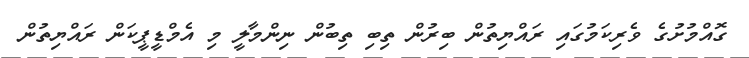
ގޮއްމުށުގެ ވެރިކަމުގައި ރައްޔިތުން ބިރުން ތިބި ތިބުން ނިންމާލީ މި އެމްޑީޕީކަން ރައްޔިތުން